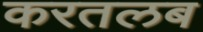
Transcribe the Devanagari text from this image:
करतलब